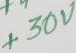
Text: +30V